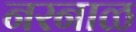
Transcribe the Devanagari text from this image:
नरनाळ